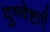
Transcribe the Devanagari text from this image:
दुष्चेष्टाएँ